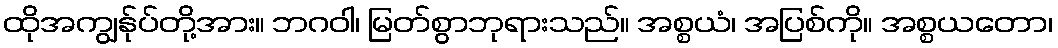
ထိုအကျွန်ုပ်တို့အား။ ဘဂဝါ၊ မြတ်စွာဘုရားသည်။ အစ္စယံ၊ အပြစ်ကို။ အစ္စယတော၊